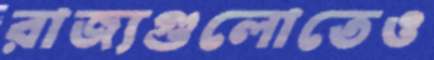
রাজ্যগুলোতেও